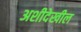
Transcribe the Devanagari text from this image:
अशीदेखील